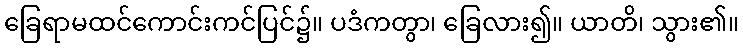
ခြေရာမထင်ကောင်းကင်ပြင်၌။ ပဒံကတွာ၊ ခြေလား၍။ ယာတိ၊ သွား၏။